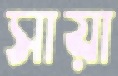
সায়া